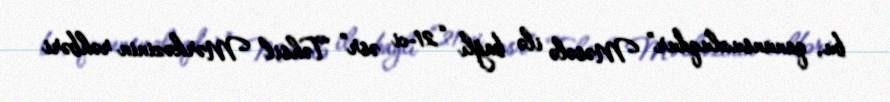
bu, qanunsuzluqdur” Məsələ ilə bağlı “21-ci əsr” Təhsil Mərkəzinin rəhbəri